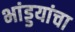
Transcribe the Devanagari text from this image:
भांड्डयांचा